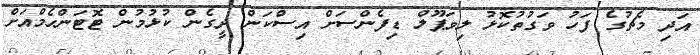
އަދި މެޗުގެ ފަހު ވަގުތުކޮޅު ލިވަޕޫލް ޑިފެންސަށް އިސްކަން ދީގެން ކުޅުމުން ޓޮޓަންހެމްއަށް